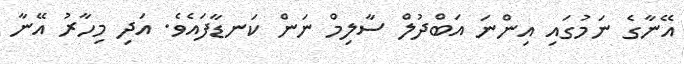
އޭނާގެ ނަމުގައި އިންނަ އަބްދުލް ސާލިމް ނަން ކަނޑާފައެވެ. އަދި މިހާރު އޭނާ